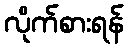
လိုက်စားရန်